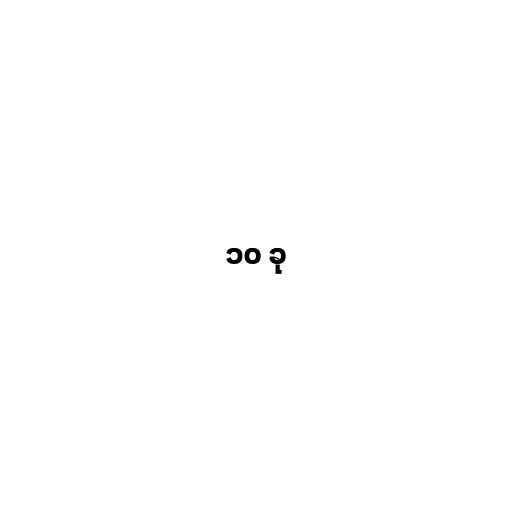
၁၀ ခု